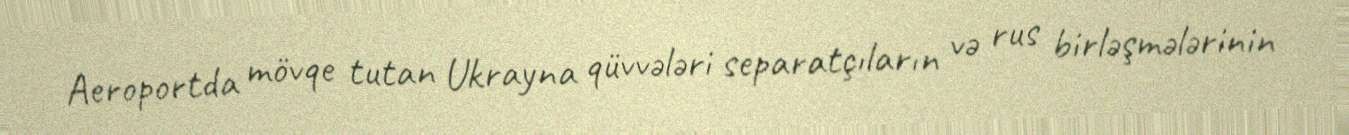
Aeroportda mövqe tutan Ukrayna qüvvələri separatçıların və rus birləşmələrinin